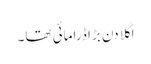
اگلا دن بڑا ڈرامائی تھا۔